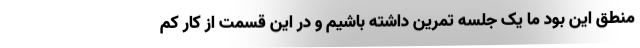
منطق این بود ما یک جلسه تمرین داشته باشیم و در این قسمت از کار کم